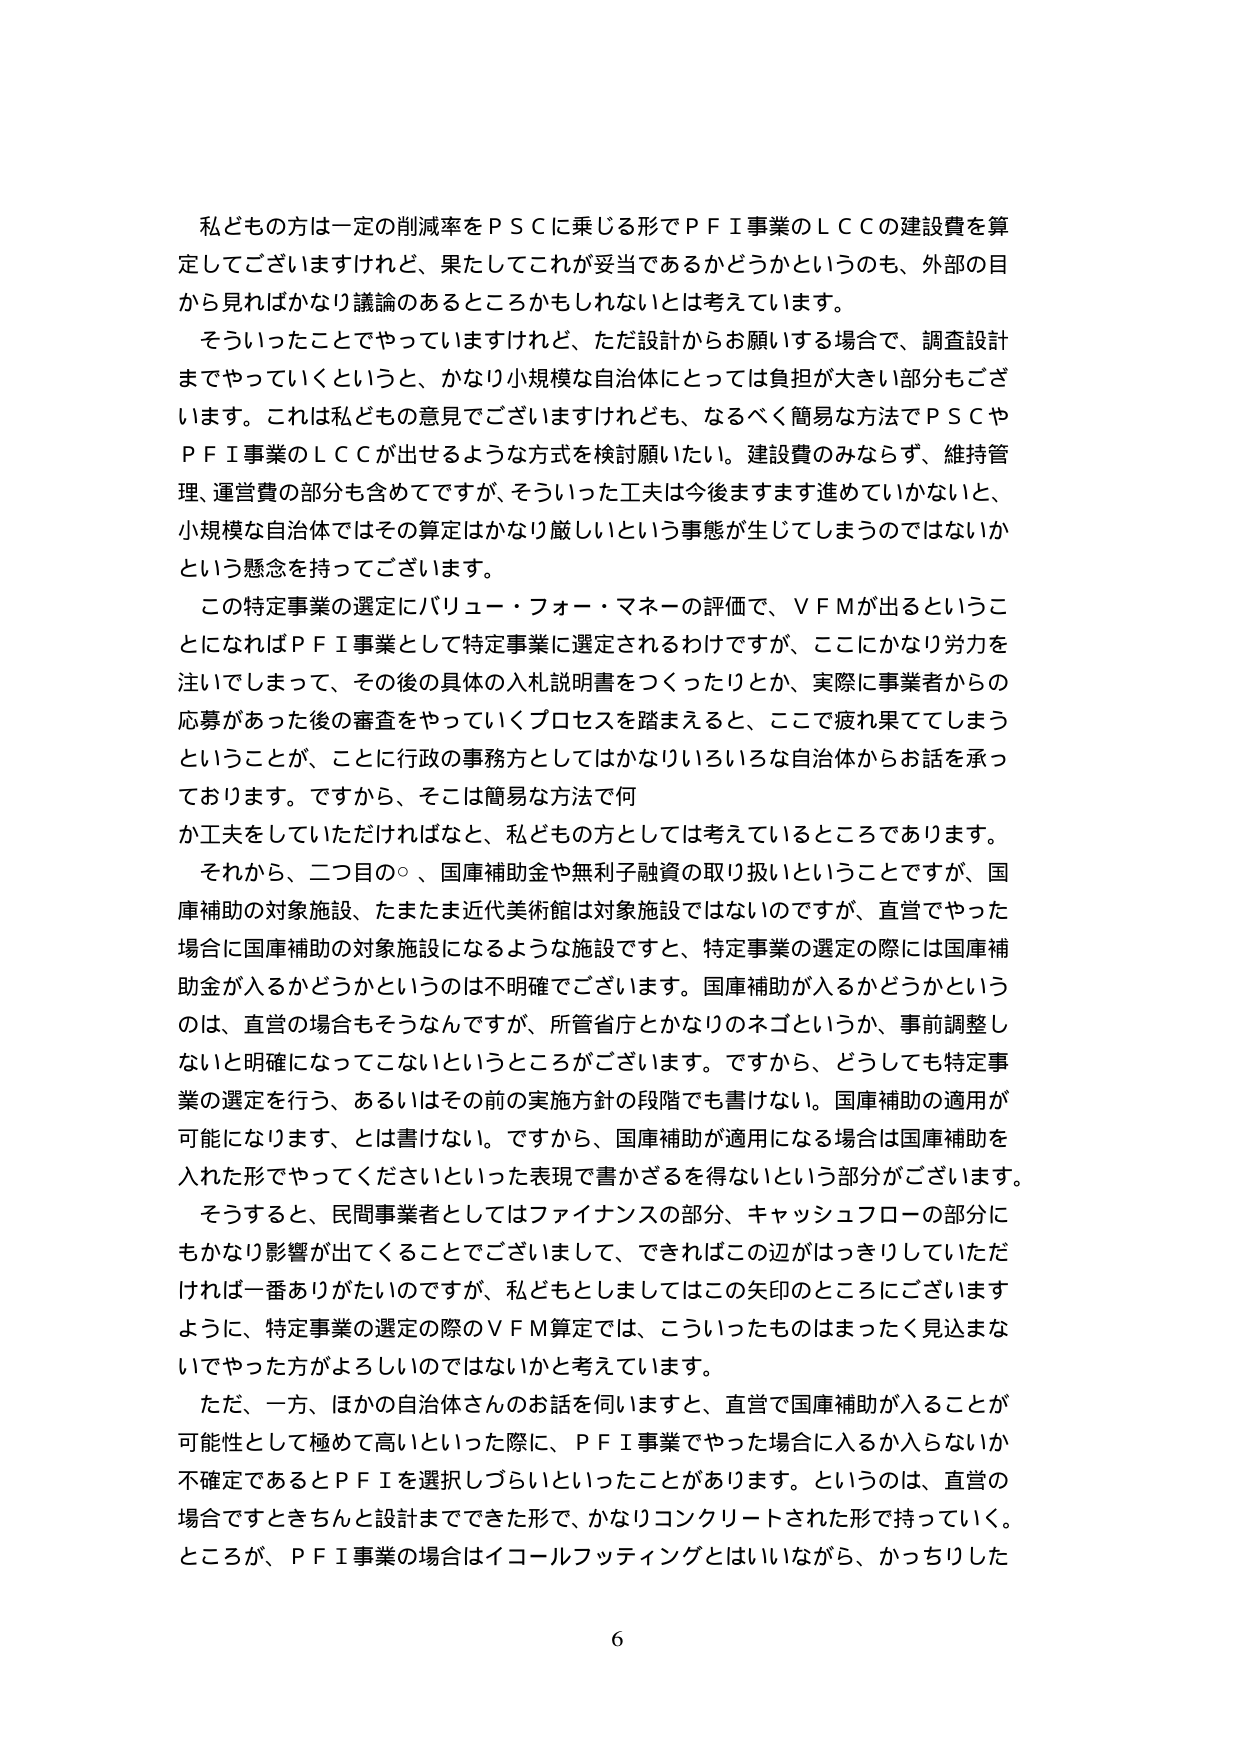
私どもの方は一定の削減率をＰＳＣに乗じる形でＰＦＩ事業のＬＣＣの建設費を算定してございますけれど、果たしてこれが妥当であるかどうかというのも、外部の目から見ればかなり議論のあるところかもしれないとは考えています。

そういったことでやっていきますけれど、ただ設計からお願いする場合で、調査設計までやっていくというと、かなり小規模な自治体にとっては負担が大きい部分もございます。これは私どもの意見でございますけれども、なるべく簡易な方法でＰＳＣやＰＦＩ事業のＬＣＣが出せるような方式を検討願いたい。建設費のみならず、維持管理、運営費の部分も含めてですが、そういった工夫は今後ますます進めていかないと、小規模な自治体ではその算定はかなり厳しいという事態が生じてしまうのではないかという懸念を持ってございます。

この特定事業の選定にバリュー・フォー・マネーの評価で、ＶＦＭが出るということになればＰＦＩ事業として特定事業に選定されるわけですが、ここにかなり労力を注いでしまって、その後の具体的入札説明書をつくったりとか、実際に事業者からの応募があった後の審査をやっていくプロセスを踏まえると、ここで疲れ果ててしまうということが、ことに行政の事務方としてはかなりいろいろな自治体からお話を承っております。ですから、そこは簡易な方法で何か工夫をしていただければなと、私どもの方としては考えているところであります。

それから、二つ目の○、国庫補助金や無利子融資の取り扱いということですが、国庫補助の対象施設、たまたま近代美術館は対象施設ではないのですが、直営でやった場合に国庫補助の対象施設になるような施設ですと、特定事業の選定の際には国庫補助金が入るかどうかというのは不明確でございます。国庫補助が入るかどうかというのは、直営の場合もそうなんですが、所管省庁とかなりのネゴというか、事前調整しないと明確になってこないというところがございます。ですから、どうしても特定事業の選定を行う、あるいはその前の実施方針の段階でも書けない。国庫補助の適用が可能になります、とは書けない。ですから、国庫補助が適用になる場合は国庫補助を入れた形でやってくださいといった表現で書かざるを得ないという部分がございます。

そうすると、民間事業者としてはファイナンスの部分、キャッシュフローの部分にもかなり影響が出てくることとございまして、できればこの辺がはっきりしていただければ一番ありがたいのですが、私どもとしましてはこの矢印のところにございますように、特定事業の選定の際のＶＦＭ算定では、こういったものはまったく見込まないでやった方がよろしいのではないかと考えています。

ただ、一方、ほかの自治体さんのお話を伺いますと、直営で国庫補助が入ることが可能性として極めて高いといった際に、ＰＦＩ事業でやった場合に入るか入らないか不確定であるとＰＦＩを選択しづらいといったことがあります。というのは、直営の場合ですときちんと設計までできた形で、かなりコンクリートされた形で持っていく。ところが、ＰＦＩ事業の場合はイコールフッティングとはいいながら、かっちりした

6